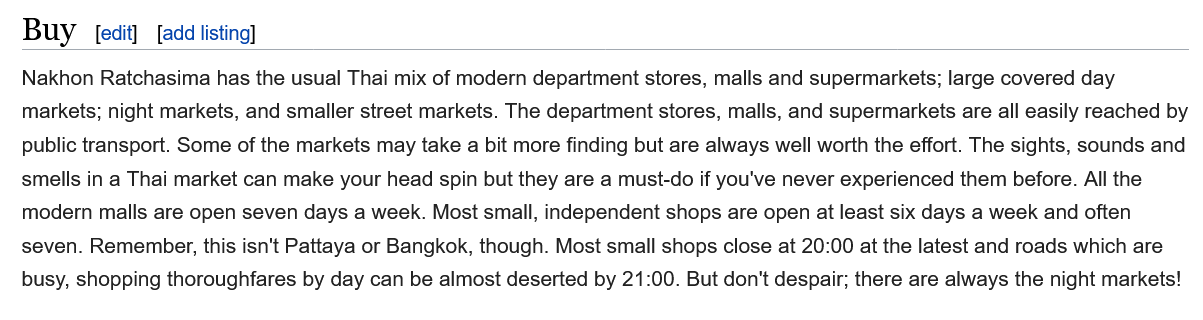
Nakhon Ratchasima has the usual Thai mix of modern department stores, malls and supermarkets; large covered day
   markets; night markets, and smaller street markets. The department stores, malls, and supermarkets are all easily reached by
   public transport. Some of the markets may take a bit more finding but are always well worth the effort. The sights, sounds and
   smells in a Thai market can make your head spin but they are a must-do if you've never experienced them before. All the
   modern malls are open seven days a week. Most small, independent shops are open at least six days a week and often
   seven. Remember, this isn't Pattaya or Bangkok, though. Most small shops close at 20:00 at the latest and roads which are
   busy, shopping thoroughfares by day can be almost deserted by 21:00. But don't despair; there are always the night markets!
   Buy   [edit] [add listing]